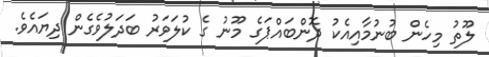
ލޫތު މިހެން ބުނުމާއިއެކު ދޮންބައްޕަގެ މޫނު ގެ ކުލަވަރު ބަދަލުވެގެން ދިޔައެވެ.